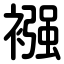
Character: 襁